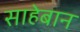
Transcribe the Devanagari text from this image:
साहेबान